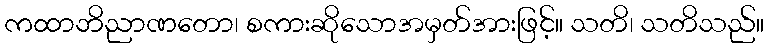
ကထာဘိညာဏတော၊ စကားဆိုသောအမှတ်အားဖြင့်။ သတိ၊ သတိသည်။